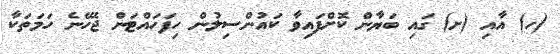
(ހ) އާއި (ށ) ގައި ބަޔާން ކޮށްފައިވާ ކައުންސިލުން ހިފަހައްޓަން ޖެހޭނެ ހަމަތަކާ